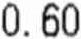
0.60